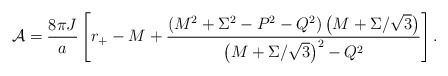
\begin{align*}{\cal A} = {8\pi J\over a}\left[r_{+} - M +{\left(M^2+\Sigma^2-P^2-Q^2\right)\left(M+\Sigma/\sqrt{3}\right)\over\left(M+\Sigma/\sqrt{3}\right)^2-Q^2}\right].\end{align*}